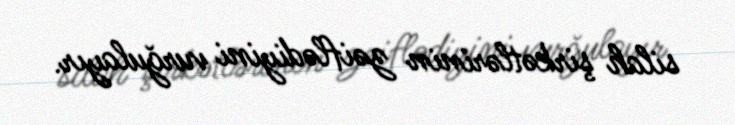
silah şirkətlərinin zəiflədiyini vurğulayır.